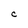
Character: C